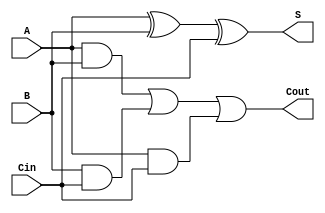
module TransmissionGateFullAdder (
    input wire A,     // First single-bit input
    input wire B,     // Second single-bit input
    input wire Cin,   // Carry-in input
    output wire S,    // Sum output
    output wire Cout   // Carry-out output
);

// Internal wires for intermediate signals
wire AB_and, BC_and, AC_and; // AND outputs
wire A_xor_B;                // Intermediate XOR result
wire A_xor_B_xor_Cin;        // Final XOR result for sum

// Transmission Gate for A AND B
assign AB_and = A & B;

// Transmission Gate for B AND Cin
assign BC_and = B & Cin;

// Transmission Gate for A AND Cin
assign AC_and = A & Cin;

// OR operation for Cout
assign Cout = AB_and | BC_and | AC_and;

// XOR operation for Sum
assign A_xor_B = A ^ B;                   // First XOR for A and B
assign S = A_xor_B ^ Cin;                 // Final XOR for Sum (A  B  Cin)

endmodule